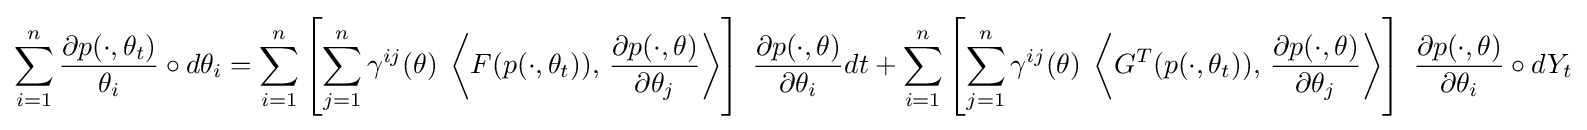
\sum _{i=1}^{n}{\frac {\partial p(\cdot ,\theta _{t})}{\theta _{i}}}\circ d\theta _{i}=\sum _{i=1}^{n}\left[\sum _{j=1}^{n}\gamma ^{ij}(\theta )\;\left\langle F(p(\cdot ,\theta _{t})),\,{\frac {\partial {p(\cdot ,\theta )}}{\partial \theta _{j}}}\right\rangle \right]\;{\frac {\partial {p(\cdot ,\theta )}}{\partial \theta _{i}}}dt+\sum _{i=1}^{n}\left[\sum _{j=1}^{n}\gamma ^{ij}(\theta )\;\left\langle G^{T}(p(\cdot ,\theta _{t})),\,{\frac {\partial {p(\cdot ,\theta )}}{\partial \theta _{j}}}\right\rangle \right]\;{\frac {\partial {p(\cdot ,\theta )}}{\partial \theta _{i}}}\circ dY_{t}